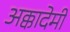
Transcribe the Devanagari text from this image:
अक्कादेमी